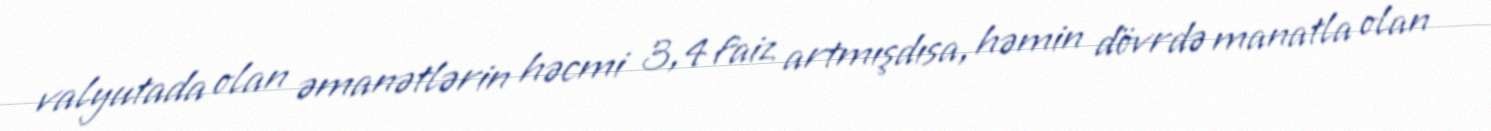
valyutada olan əmanətlərin həcmi 3,4 faiz artmışdısa, həmin dövrdə manatla olan